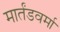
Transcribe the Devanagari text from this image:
मार्तंडवर्मा